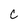
Character: c